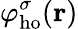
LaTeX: \varphi_{\mathrm{ho}}^{\sigma}(\mathbf{r})